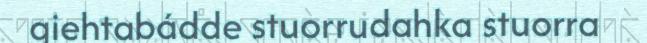
giehtabádde stuorrudahka stuorra